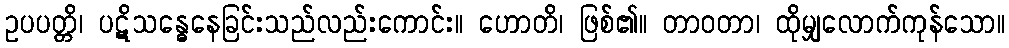
ဥပပတ္တိ၊ ပဋိသန္ဓေနေခြင်းသည်လည်းကောင်း။ ဟောတိ၊ ဖြစ်၏။ တာဝတာ၊ ထိုမျှလောက်ကုန်သော။